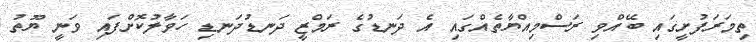
ތިމަރަފުށީގައި ބޭއްވި ރަސްމިއްޔާތެއްގައި އެ ދަނޑުގެ ރަމްޒީ ދަނޑުދަނޑި ހަވާލުކޮށްފައި ވަނީ ޔޫތު